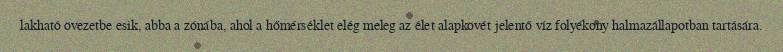
lakható övezetbe esik, abba a zónába, ahol a hőmérséklet elég meleg az élet alapkövét jelentő víz folyékony halmazállapotban tartására.